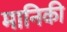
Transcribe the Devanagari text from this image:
मानिकी